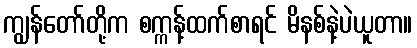
ကျွန်တော်တို့က စက္ကန့်ထက်စာရင် မိနစ်နဲ့ပဲယူတာ။